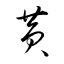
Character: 黄